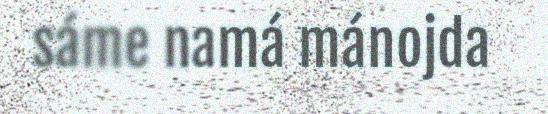
sáme namá mánojda